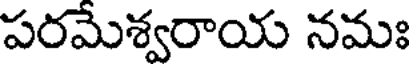
పరమేశ్వరాయ నమః